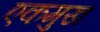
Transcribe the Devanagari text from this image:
एकमुख